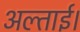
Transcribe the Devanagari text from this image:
अल्ताई।